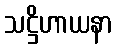
သဋ္ဌိဟာယနာ